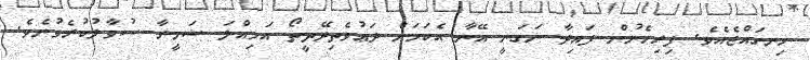
ހިނގައްޖެއެވެ. ފިރިހެނުން ފައިދާ ނަގަނީ އޭނާ އެކަމަށް ދަޢުވެތިދޭތީތޯ އަމިއްލަ ޟަމީރާ ސުވާލުކުރެވުނެވެ.